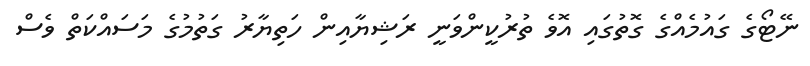
ނޭޓޯގެ ގައުމެއްގެ ގޮތުގައި އޮވެ ތުރުކީންވަނީ ރަޝިޔާއިން ހަތިޔާރު ގަތުމުގެ މަސައްކަތް ވެސް